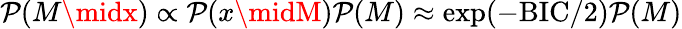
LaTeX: \mathcal{P}(M\midx)\propto\mathcal{P}(x\midM)\mathcal{P}(M)\approx\exp(-\mathrm{{BIC}}/2)\mathcal{P}(M)